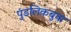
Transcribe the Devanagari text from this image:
पुंडलिकबुवा